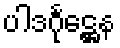
ပါဒင်္ဂုဋ္ဌေန